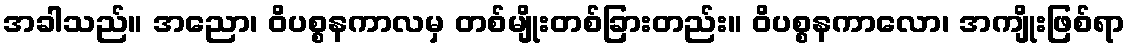
အခါသည်။ အညော၊ ဝိပစ္စနကာလမှ တစ်မျိုးတစ်ခြားတည်း။ ဝိပစ္စနကာလော၊ အကျိုးဖြစ်ရာ